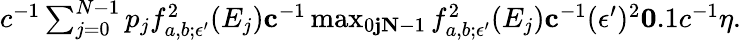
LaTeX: \begin{array}{r}{c^{-1}\sum_{j=0}^{N-1}p_{j}f_{a,b;\epsilon^{\prime}}^{2}(E_{j})\le c^{-1}\operatorname*{max}_{0\le j\le N-1}f_{a,b;\epsilon^{\prime}}^{2}(E_{j})\le c^{-1}(\epsilon^{\prime})^{2}\le 0.1c^{-1}\eta.}\end{array}